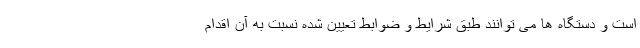
است و دستگاه ها می توانند طبق شرایط و ضوابط تعیین شده نسبت به آن اقدام